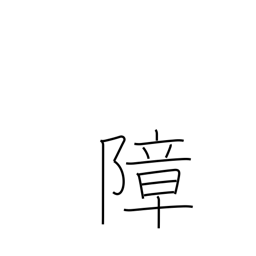
Meaning: hinder